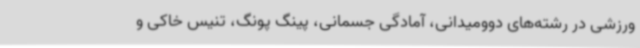
ورزشی در رشته‌های دوومیدانی، آمادگی جسمانی، پینگ پونگ، تنیس خاکی و